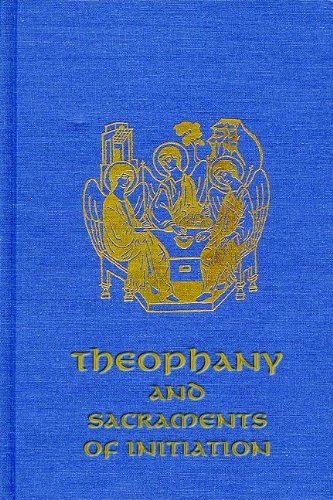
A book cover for Theophany and Sacraments of Initiation; Most Rev Joseph M. Raya; Christian Books & Bibles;